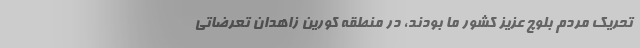
تحریک مردم بلوچ عزیز کشور ما بودند، در منطقه‌ کورین زاهدان تعرضاتی